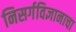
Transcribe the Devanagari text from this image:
निसर्गविज्ञानाचा